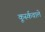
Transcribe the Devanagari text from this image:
कूर्स्कवाले